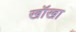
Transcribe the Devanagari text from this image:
खॉखा